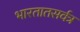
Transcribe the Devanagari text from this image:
भारतातसर्वत्र